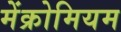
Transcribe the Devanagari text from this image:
मेंक्रोमियम